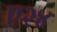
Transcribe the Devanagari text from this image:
ए२४